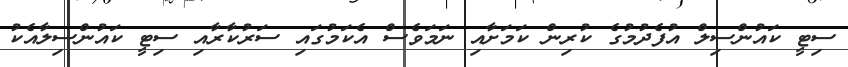
ސިޓީ ކައުންސިލް އުފެދުމުގެ ކުރިން ކަމަށާއި ނަމަވެސް އެކަމުގައި ސަރުކާރާއި ސިޓީ ކައުންސިލާއެކު